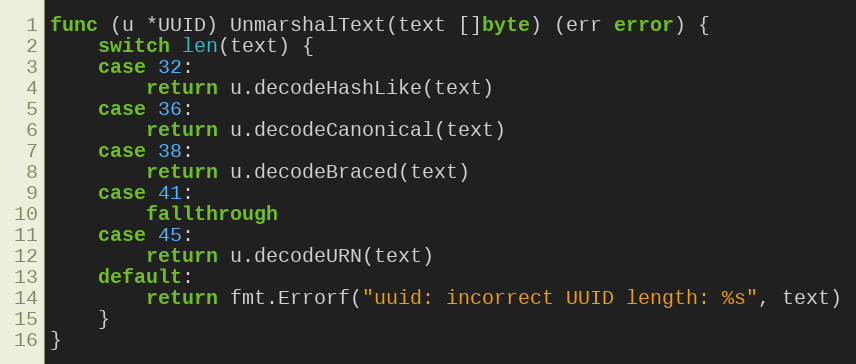
Language: Go
func (u *UUID) UnmarshalText(text []byte) (err error) {
	switch len(text) {
	case 32:
		return u.decodeHashLike(text)
	case 36:
		return u.decodeCanonical(text)
	case 38:
		return u.decodeBraced(text)
	case 41:
		fallthrough
	case 45:
		return u.decodeURN(text)
	default:
		return fmt.Errorf("uuid: incorrect UUID length: %s", text)
	}
}